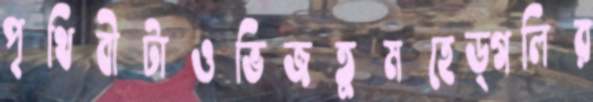
পৃথিবীটাওভিজতুমহেড্গলির